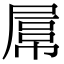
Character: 𡲻